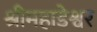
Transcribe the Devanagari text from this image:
श्रीमहाडेश्वर